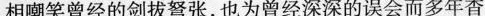
相嘲笑曾经的剑拔弩张,也为曾经深深的误会而多年杳